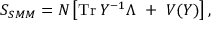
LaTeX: S _ { S M M } = N \left[ \mathrm { T r } \; Y ^ { - 1 } \Lambda ~ + ~ V ( Y ) \right] ,